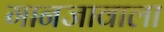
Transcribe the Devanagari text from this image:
गानजावाला